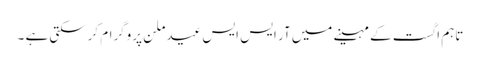
تاہم اگست کے مہینے میں آر ایس ایس عید ملن پروگرام کرسکتی ہے ۔